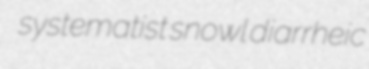
systematist snowl diarrheic